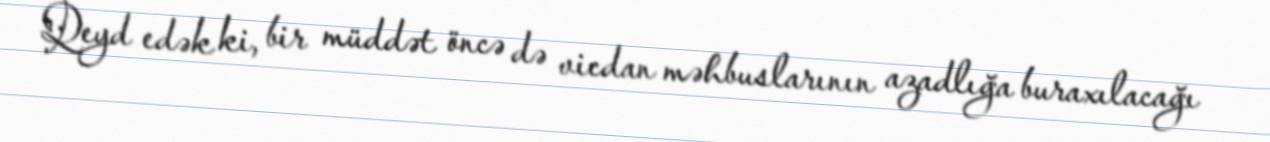
Qeyd edək ki, bir müddət öncə də vicdan məhbuslarının azadlığa buraxılacağı